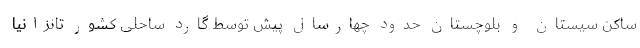
ساکن سیستان و بلوچستان حدود چهارسال پیش توسط گارد ساحلی کشور تانزانیا